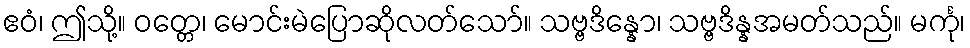
ဧဝံ၊ ဤသို့။ ဝတ္တေ၊ မောင်းမဲပြောဆိုလတ်သော်။ သဗ္ဗဒိန္နော၊ သဗ္ဗဒိန္နအမတ်သည်။ မင်္ကု၊